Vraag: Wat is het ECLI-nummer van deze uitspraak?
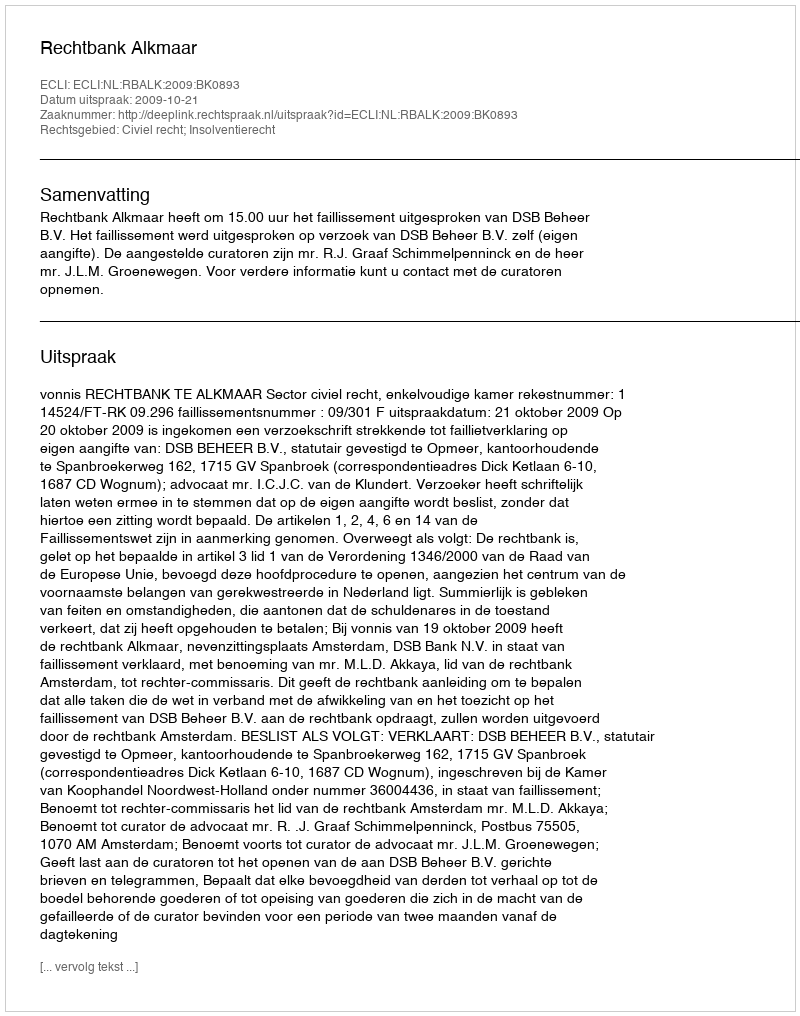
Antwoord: ECLI:NL:RBALK:2009:BK0893